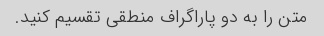
متن را به دو پاراگراف منطقی تقسیم کنید.